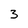
Character: 3